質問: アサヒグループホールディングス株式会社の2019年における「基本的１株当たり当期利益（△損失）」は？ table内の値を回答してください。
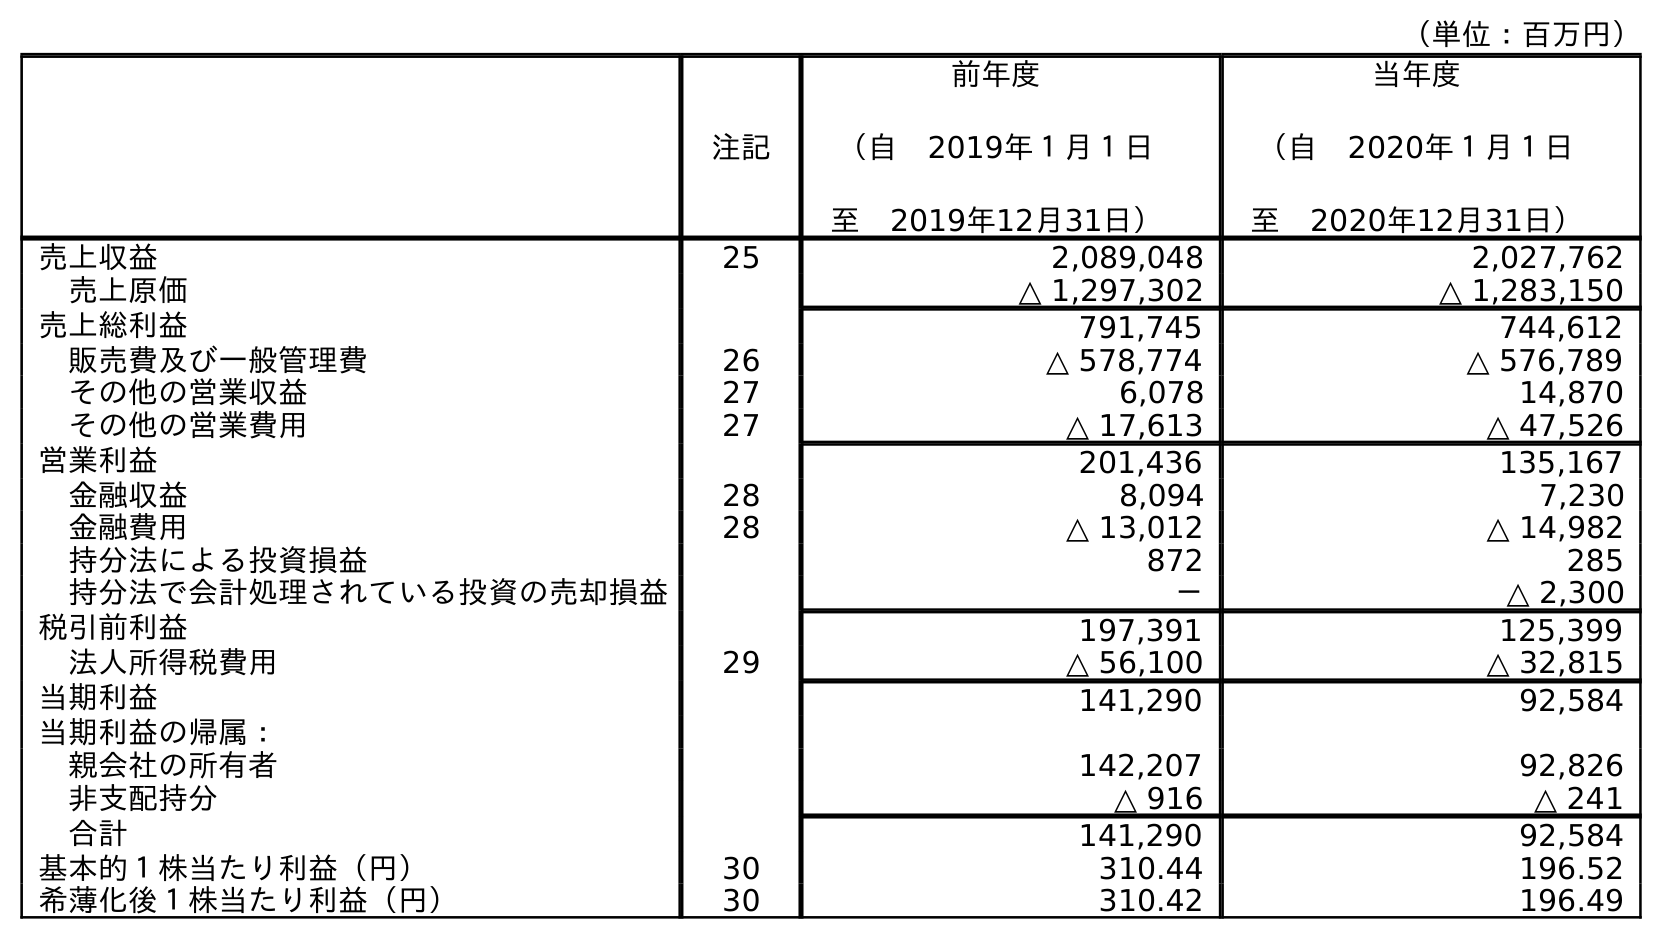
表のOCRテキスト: （単位：百万円） 注記 前年度 （自 2019年１月１日 至 2019年12月31日） 当年度 （自 2020年１月１日 至 2020年12月31日） 売上収益 25 2,089,048 2,027,762 売上原価 △ 1,297,302 △ 1,283,150 売上総利益 791,745 744,612 販売費及び一般管理費 26 △ 578,774 △ 576,789 その他の営業収益 27 6,078 14,870 その他の営業費用 27 △ 17,613 △ 47,526 営業利益 201,436 135,167 金融収益 28 8,094 7,230 金融費用 28 △ 13,012 △ 14,982 持分法による投資損益 872 285 持分法で会計処理されている投資の売却損益 － △ 2,300 税引前利益 197,391 125,399 法人所得税費用 29 △ 56,100 △ 32,815 当期利益 141,290 92,584 当期利益の帰属： 親会社の所有者 142,207 92,826 非支配持分 △ 916 △ 241 合計 141,290 92,584 基本的１株当たり利益（円） 30 310.44 196.52 希薄化後１株当たり利益（円） 30 310.42 196.49
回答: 310.44